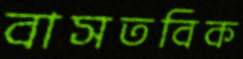
বাসতবিক